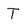
Character: T